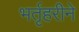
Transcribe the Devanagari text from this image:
भर्तृहरीने